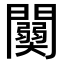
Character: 𨷊